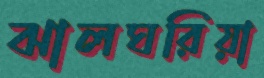
ঝালঘরিয়া